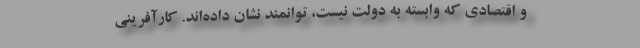
و اقتصادی که وابسته به دولت نیست، توانمند نشان داده‌اند. کارآفرینی